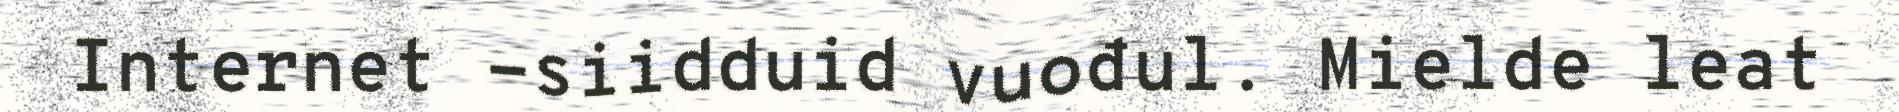
Internet -siidduid vuođul. Mielde leat